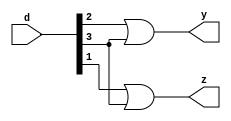
`timescale 1ns / 1ps
//////////////////////////////////////////////////////////////////////////////////
// Company: 
// Engineer: 
// 
// Design Name: 
// Module Name: encoders
// Project Name: 
// Target Devices: 
// Tool Versions: 
// Description: 
// 
// Dependencies: 
// 
// Revision:
// Revision 0.01 - File Created
// Additional Comments:
// 
//////////////////////////////////////////////////////////////////////////////////

//4 to 2 encoder
module encoders(input [3:0]d , output  y , output z);
or  G1 (y,d[2],d[3]);
or  G2 (z,d[1],d[3]);
//or #100 G3 (e,d[0],d[1],d[2],d[3]);

endmodule